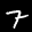
Label: 7